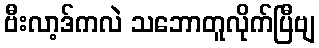
ဗီးလာ့ဒ်ကလဲ သဘောတူလိုက်ပြီဗျ